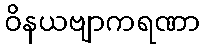
ဝိနယဗျာကရဏာ